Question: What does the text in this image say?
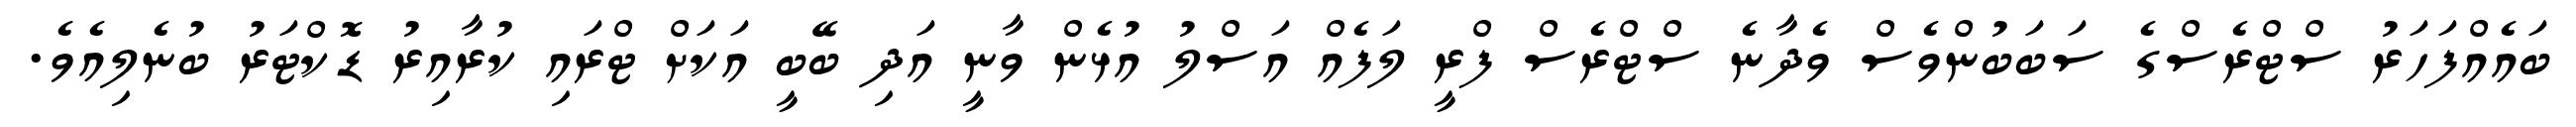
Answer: ބައެއްފަހަރު ސްޓްރެސްގެ ސަބަބުންވެސް ވެދާނެ ސްޓްރެސް ފްރީ ލަފެއް އަސްލު އުޅެން ވާނީ އަދި ބޭބީ އަކަށް ޓްރައި ކުރާއިރު ޑޮކްޓަރު ބުނެލިއެވެ.